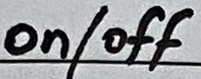
Text: on/off